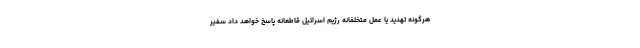
هرگونه تهدید یا عمل متخلفانه رژیم اسرائیل قاطعانه پاسخ خواهد داد سفیر